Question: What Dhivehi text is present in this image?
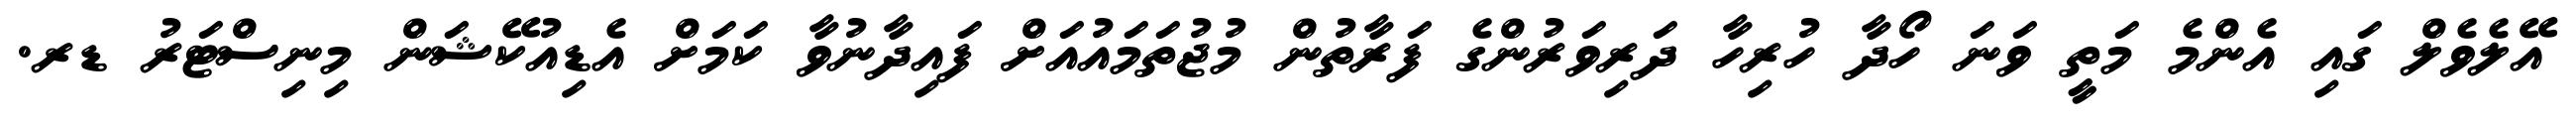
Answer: އޭލެވެލް ގައި އެންމެ މަތީ ވަނަ ހޯދާ ހުރިހާ ދަރިވަރުންގެ ފަރާތުން މުޖުތަމައުއަށް ފައިދާނުވާ ކަމަށް އެޑިއުކޭޝަން މިނިސްޓަރު ޑރ.